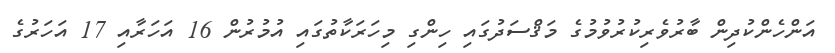
އަންހެންކުދިން ބާރުވެރިކުރުވުމުގެ މަޤްސަދުގައި ހިންގި މިހަރަކާތުގައި އުމުރުން 16 އަހަރާއި 17 އަހަރުގެ